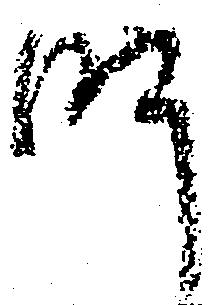
師